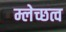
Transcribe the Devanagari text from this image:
म्लेच्छत्व